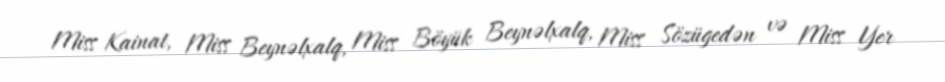
Miss Kainat, Miss Beynəlxalq, Miss Böyük Beynəlxalq, Miss Sözügedən və Miss Yer